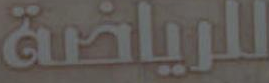
للرياضة